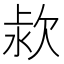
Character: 𣢻